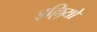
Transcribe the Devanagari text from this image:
इल्लियो